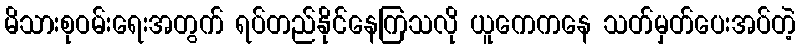
မိသားစုဝမ်းရေးအတွက် ရပ်တည်နိုင်နေကြသလို ယူကေကနေ သတ်မှတ်ပေးအပ်တဲ့